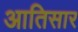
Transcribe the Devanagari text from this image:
आतिसार